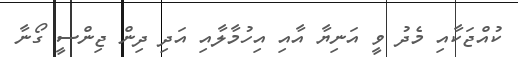
ކުއްޖަކާއި މެދު ވީ އަނިޔާ އާއި އިހުމާލާއި އަދި ދިން ޖިންސީ ގޯނާ